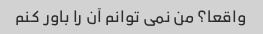
واقعا؟ من نمی توانم آن را باور کنم